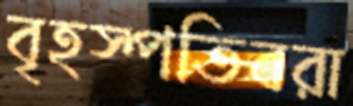
বৃহস্পতিবরা